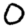
Digit: 0